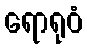
ရောရုဝံ